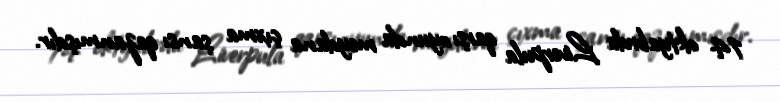
14 oktyabrda Liverpula qarşı oyunda meydana çıxma şansı qazanmışdır.